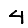
Digit: 4